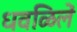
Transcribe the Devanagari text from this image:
धवळिलें